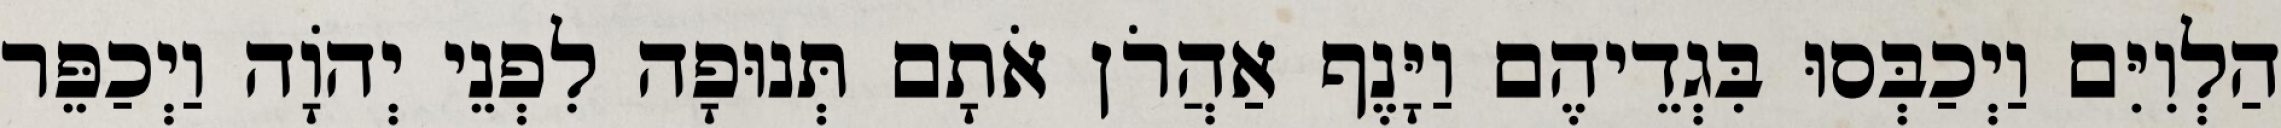
הַלְוִיִּם וַיְכַבְּסוּ בִּגְדֵיהֶם וַיָּנֶף אַהֲרֹן אֹתָם תְּנוּפָה לִפְנֵי יְהוָֹה וַיְכַפֵּר